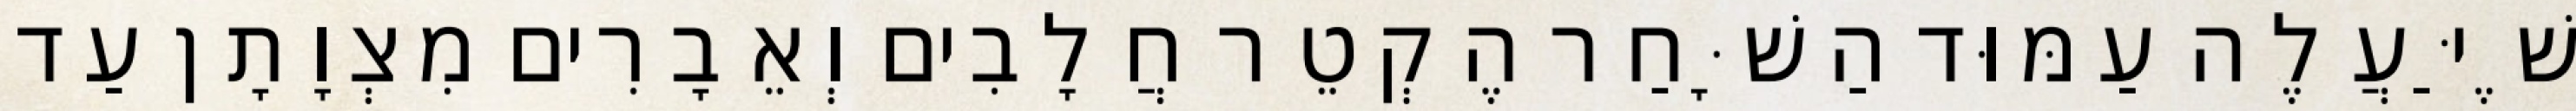
שֶׁיַּעֲלֶה עַמּוּד הַשָּׁחַר הֶקְטֵר חֲלָבִים וְאֵבָרִים מִצְוָתָן עַד